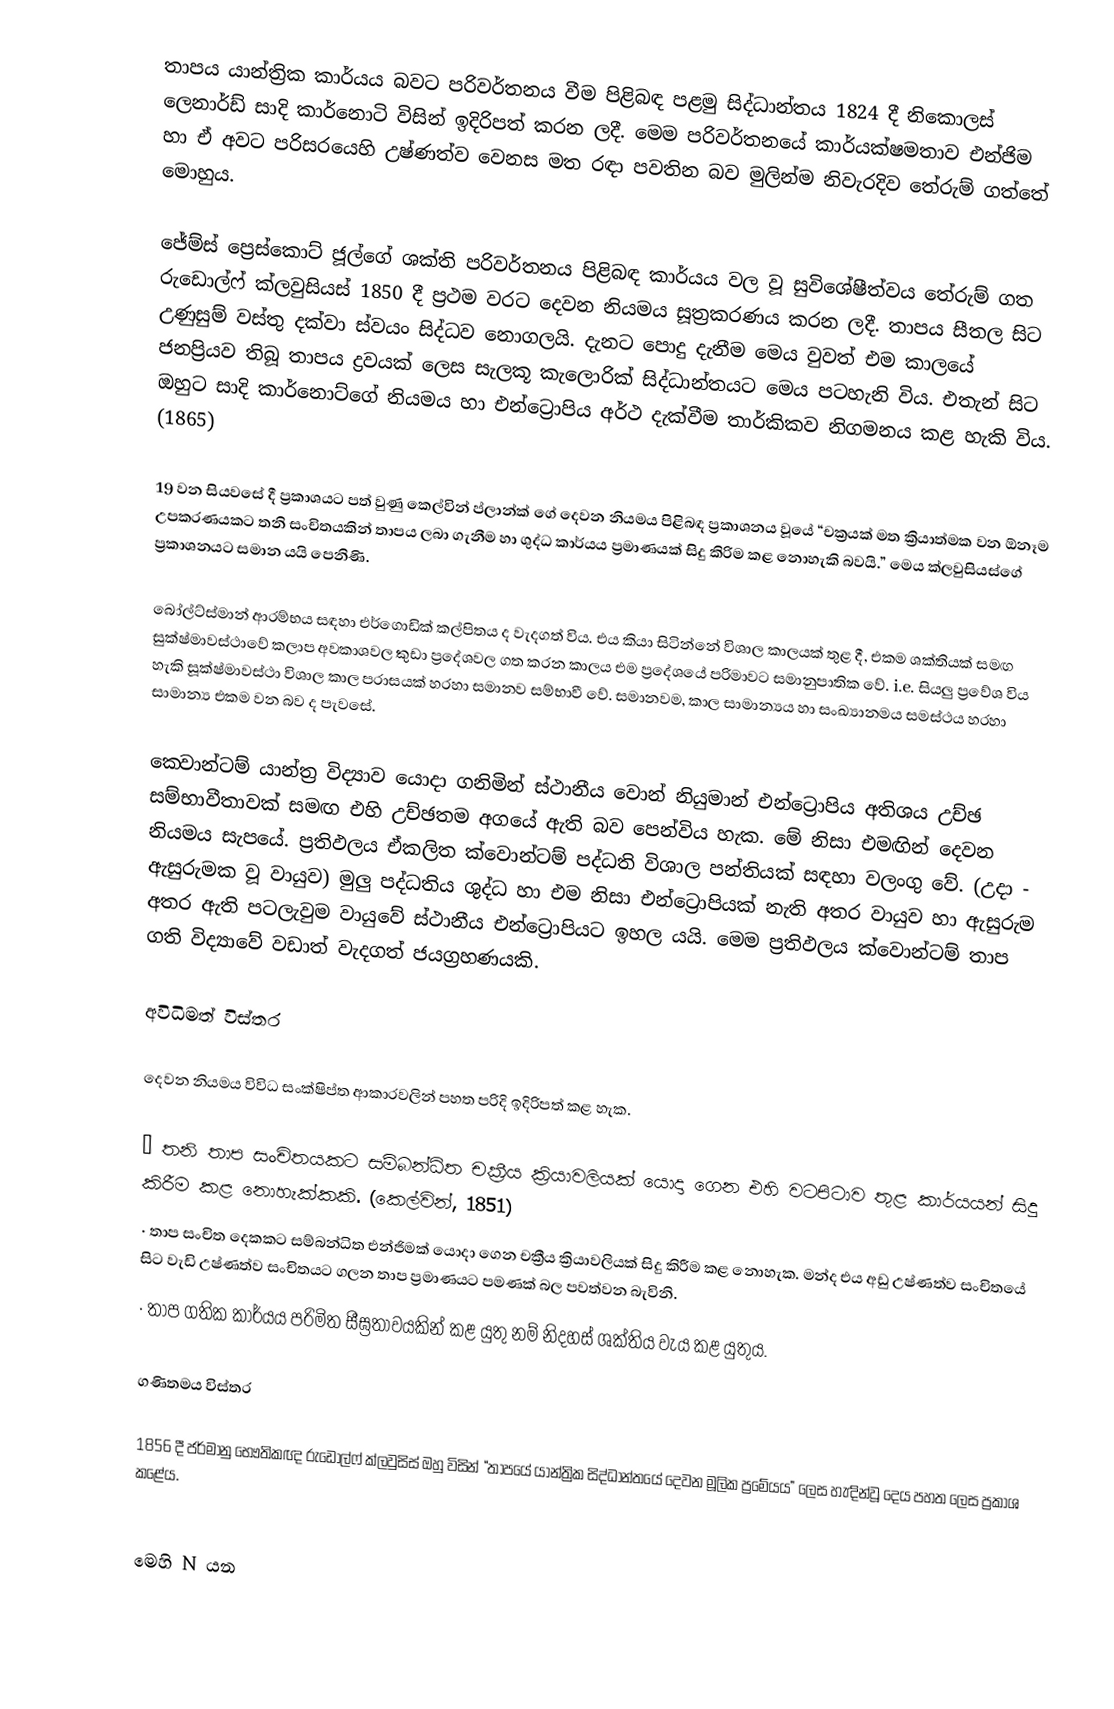
තාපය යාන්ත්‍රික කාර්යය බවට පරිවර්තනය වීම පිළිබඳ පළමු සිද්ධාන්තය 1824 දී නිකොලස් ලෙනාර්ඩ් සාදි කාර්නොටි විසින් ඉදිරිපත් කරන ලදී. මෙම පරිවර්තනයේ කාර්යක්ෂමතාව එන්ජිම හා ඒ අවට පරිසරයෙහි උෂ්ණත්ව වෙනස මත රඳා පවතින බව මුලින්ම නිවැරදිව තේරුම් ගත්තේ මොහුය.

ජේම්ස් ප්‍රෙස්කොට් ජූල්ගේ ශක්ති පරිවර්තනය පිළිබඳ කාර්යය වල වූ සුවිශේෂීත්වය තේරුම් ගත රුඩොල්ෆ් ක්‍ලවුසියස් 1850 දී ප්‍රථම වරට දෙවන නියමය සූත්‍රකරණය කරන ලදී. තාපය සීතල සිට උණුසුම් වස්තු දක්වා ස්වයං ‍සිද්ධව නොගලයි. දැනට පොදු දැනීම මෙය වුවත් එම කාලයේ ජනප්‍රියව තිබූ තාපය ද්‍රවයක් ලෙස සැලකූ කැලොරික් සිද්ධාන්තයට මෙය පටහැනි විය. එතැන් සිට ඔහුට සාදි කාර්නොට්ගේ නියමය හා එන්ට්‍රොපිය අර්ථ දැක්වීම තාර්කිකව නිගමනය කළ හැකි විය. (1865)

19 වන සියවසේ දී ප්‍රකාශයට පත් වුණු කෙල්වින් ප්ලාන්ක් ගේ දෙවන නියමය පිළිබඳ ප්‍රකාශනය වූයේ “චක්‍රයක් මත ක්‍රියාත්මක වන ඕනෑම උපකරණයකට තනි සංචිතයකින් තාපය ලබා ගැනීම හා ශුද්ධ කාර්යය ප්‍රමාණයක් සිදු කිරිම කළ නොහැකි බවයි.” මෙය ක්ලවුසියස්ගේ ප්‍රකාශනයට සමාන යයි පෙනිණි.

බෝල්ට්ස්මාන් ආරම්භය සඳහා එර්ගොඩික් කල්පිතය ද වැදගත් විය. එය කියා සිටින්නේ විශාල කාලයක් තුළ දී, එකම ශක්තියක් සමඟ සුක්ෂ්මාවස්ථාවේ කලාප අවකාශවල කුඩා ප්‍රදේශවල ගත කරන කාලය එම ප්‍රදේශයේ පරිමාවට සමානුපාතික වේ. i.e.   සියලු ප්‍රවේශ විය හැකි සූක්ෂ්මාවස්ථා විශාල කාල පරාසයක් හරහා සමානව සම්භාවී වේ. සමානවම, කාල සාමාන්‍යය හා සංඛ්‍යානමය සමස්ථය හරහා සාමාන්‍ය එකම වන බව ද පැවසේ.

ක‍්වොන්ටම් යාන්ත්‍ර විද්‍යාව යොදා ගනිමින් ස්ථානීය වොන් නියුමාන් එන්ට්‍රොපිය අතිශය උච්ඡ සම්භාවීතාවක් සමඟ එහි උච්ඡතම අගයේ ඇති බව පෙන්විය හැක. මේ නිසා එමඟින් දෙවන නියමය සැපයේ. ප්‍රතිඵලය ඒකලිත ක්වොන්ටම් පද්ධති විශාල පන්තියක් සඳහා වලංගු වේ. (උදා - ඇසුරුමක වූ වායුව) මුලු පද්ධති‍ය ශුද්ධ හා එම නිසා එන්ට්‍රොපියක් නැති අතර වායුව හා ඇසුරුම අතර ඇති පටලැවුම වායුවේ ස්ථානීය එන්ට්‍රොපියට ඉහල යයි. මෙම ප්‍රතිඵලය ක්වොන්ටම් තාප ගති විද්‍යාවේ වඩාත් වැදගත් ජයග්‍රහණයකි.

අවිධිමත් විස්තර

දෙවන නියමය විවිධ සංක්ෂිප්ත ආකාරවලින් පහත පරිදි ඉදිරිපත් කළ හැක.

·	තනි තාප සංචිතයකට සම්බන්ධිත චක්‍රීය ක්‍රියාවලියක් යොදා ගෙන එහි වටපිටාව තුළ කාර්යයන් සිදු කිරීම කළ නොහැක්කකි. (කෙල්වින්, 1851)
·	තාප සංචිත දෙකකට සම්බන්ධිත එන්ජිමක් යොදා ගෙන චක්‍රීය ක්‍රියාවලියක් සිදු කිරීම කළ නොහැක. මන්ද එය අඩු උෂ්ණත්ව සංචිතයේ සිට වැඩි උෂ්ණත්ව සංචිතයට ගලන තාප ප්‍රමාණයට පමණක් බල පවත්වන බැවිනි.
·	තාප ගතික කාර්යය පරිමිත සීඝ්‍රතාවයකින් කළ යුතු නම් නිදහස් ශක්තිය වැය කළ යුතුය.

ගණිතමය විස්තර

1856 දී ජර්මානු භෞතිකඥ රුඩොල්ෆ් ක්ලවුසිස් ඔහු විසින් “තාපයේ යාන්ත්‍රික සිද්ධාන්තයේ දෙවන මූලික ප්‍රමේයය” ලෙස හැඳින්වූ දෙය පහත ලෙස ප්‍රකාශ කළේය.

මෙහි N  යන